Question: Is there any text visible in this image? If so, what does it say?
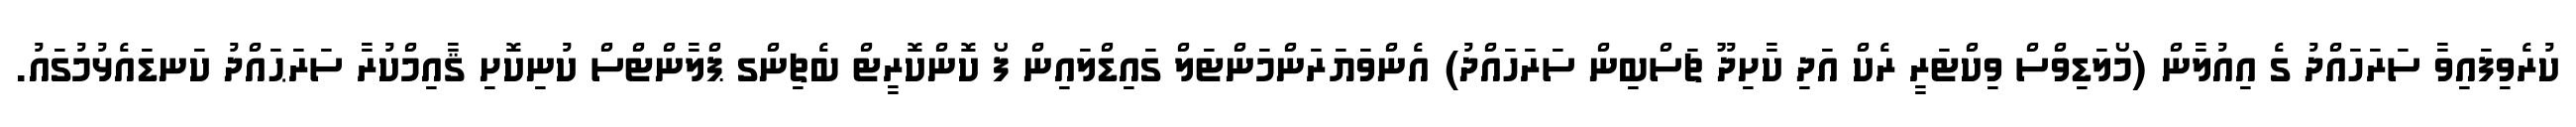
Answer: ކުރެވިފައިވާ ސަރަހައްދު ގެ އިއުލާން (މޯލަޑިވްސް ވިކްޓަރީ ރެކް އަދި ކާށިދޫ ޗަސްބިން ސަރަހައްދު) އެންވަޔަރަންމަންޓަލް ގައިޑްލައިން ފޯ ކޮންކޮރީޓް ބެޗިންގ ޕްލާންޓްސް ކުނިކޮށި ޤާއިމްކުރާ ސަރަޙައްދު ކަނޑައެޅުމުގައު.